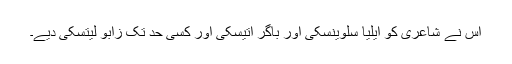
اس نے شاعری کو ایلیا سلوینسکی اور باگر اتیسکی اور کسی حد تک زابو لیتسکی دیے۔